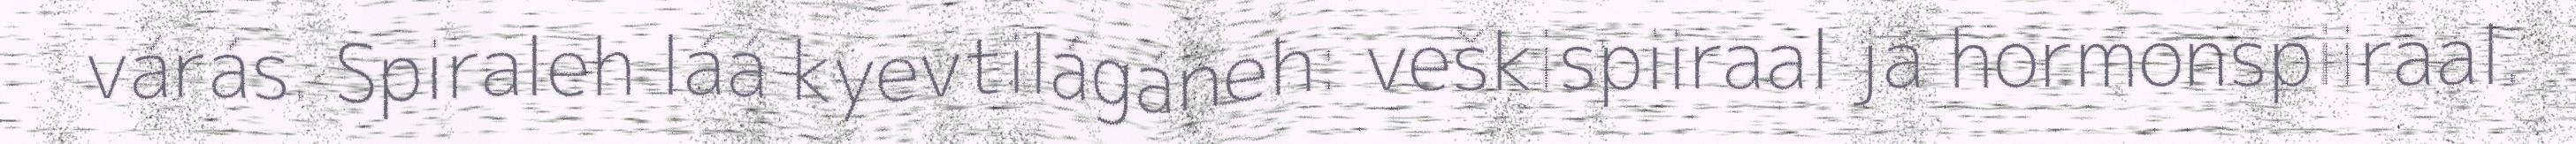
várás. Spiraleh láá kyevtilágáneh: veškispiiraal já hormonspiiraal.